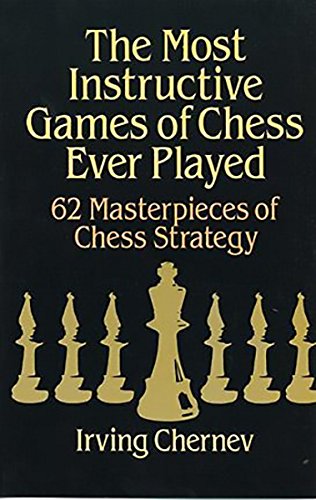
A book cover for The Most Instructive Games of Chess Ever Played: 62 Masterpieces of Chess Strategy; Irving Chernev; Humor & Entertainment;